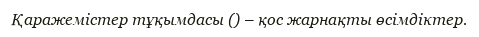
Қаражемістер тұқымдасы () – қос жарнақты өсімдіктер.